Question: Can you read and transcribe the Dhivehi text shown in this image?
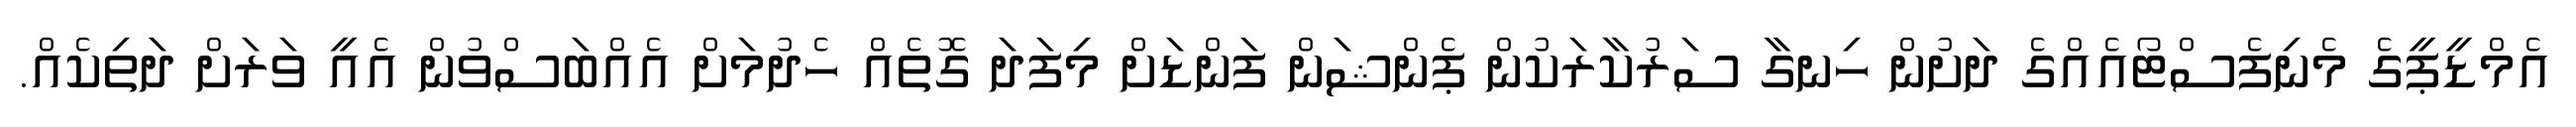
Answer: އެމްޑީޕީގެ މެނިފެސްޓޯއެއްގެ ދަށުން ހިނގާ ސަރުކާރަކުން ޕެންޝަން ފަންޑަށް މިފަދަ ގޮތެއް ހެދުމަށް އެއްބަސްވުން އެއީ ވަރަށް ދަތިކެއް.